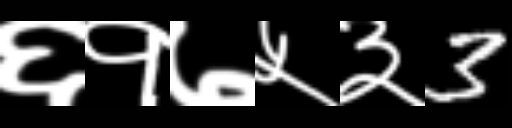
Text: ६१७५३3